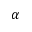
\alpha